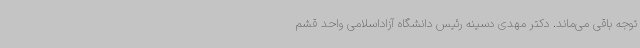
توجه باقی می‌ماند. دکتر مهدی دسینه رئیس دانشگاه آزاداسلامی واحد قشم